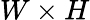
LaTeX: W\times H